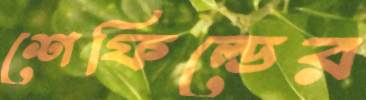
শেফিল্ডের